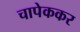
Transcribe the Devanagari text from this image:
चापेककर